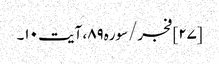
[۲۷] فجر/سوره۸۹، آیت ۱۰۔